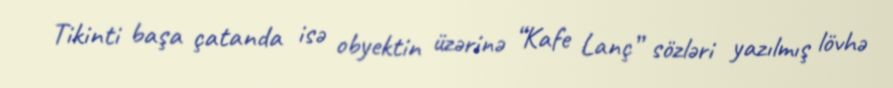
Tikinti başa çatanda isə obyektin üzərinə “Kafe Lanç” sözləri yazılmış lövhə